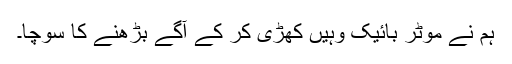
ہم نے موٹر بائیک وہیں کھڑی کر کے آگے بڑھنے کا سوچا۔